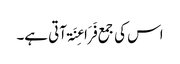
اس کی جمع فَرَاعِنَۃ آتی ہے۔